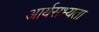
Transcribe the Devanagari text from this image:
आर्यसभ्यता